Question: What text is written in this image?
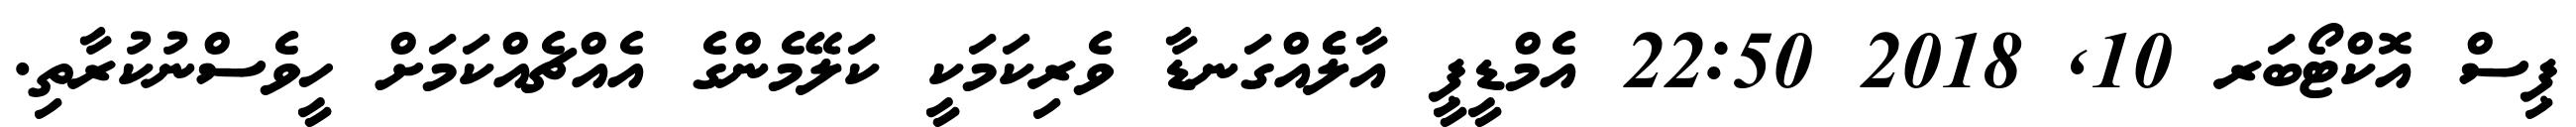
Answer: ޕިސް އޮކްޓޯބަރ 10, 2018 22:50 އެމްޑީޕީ އާލެެއްގަނޑާ ވެރިކަމަކީ ކަލޭމެންގެ އެއްޗެއްކަމަށް ހީވެސްނުކުރާތި.